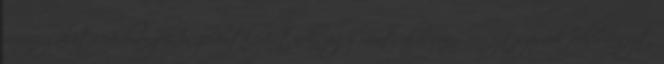
vérvizsgálati eredmények is jelentkezhetnek, úgy mint alacsony vérsejtszámok fehérvérsejt,